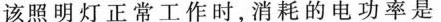
该照明灯正常工作时，消耗的电功率是